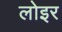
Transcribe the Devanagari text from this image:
लोइर